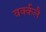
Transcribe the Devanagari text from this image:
वर्क्कलै